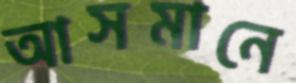
আসমানে